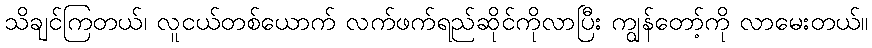
သိချင်ကြတယ်၊ လူငယ်တစ်ယောက် လက်ဖက်ရည်ဆိုင်ကိုလာပြီး ကျွန်တော့်ကို လာမေးတယ်။